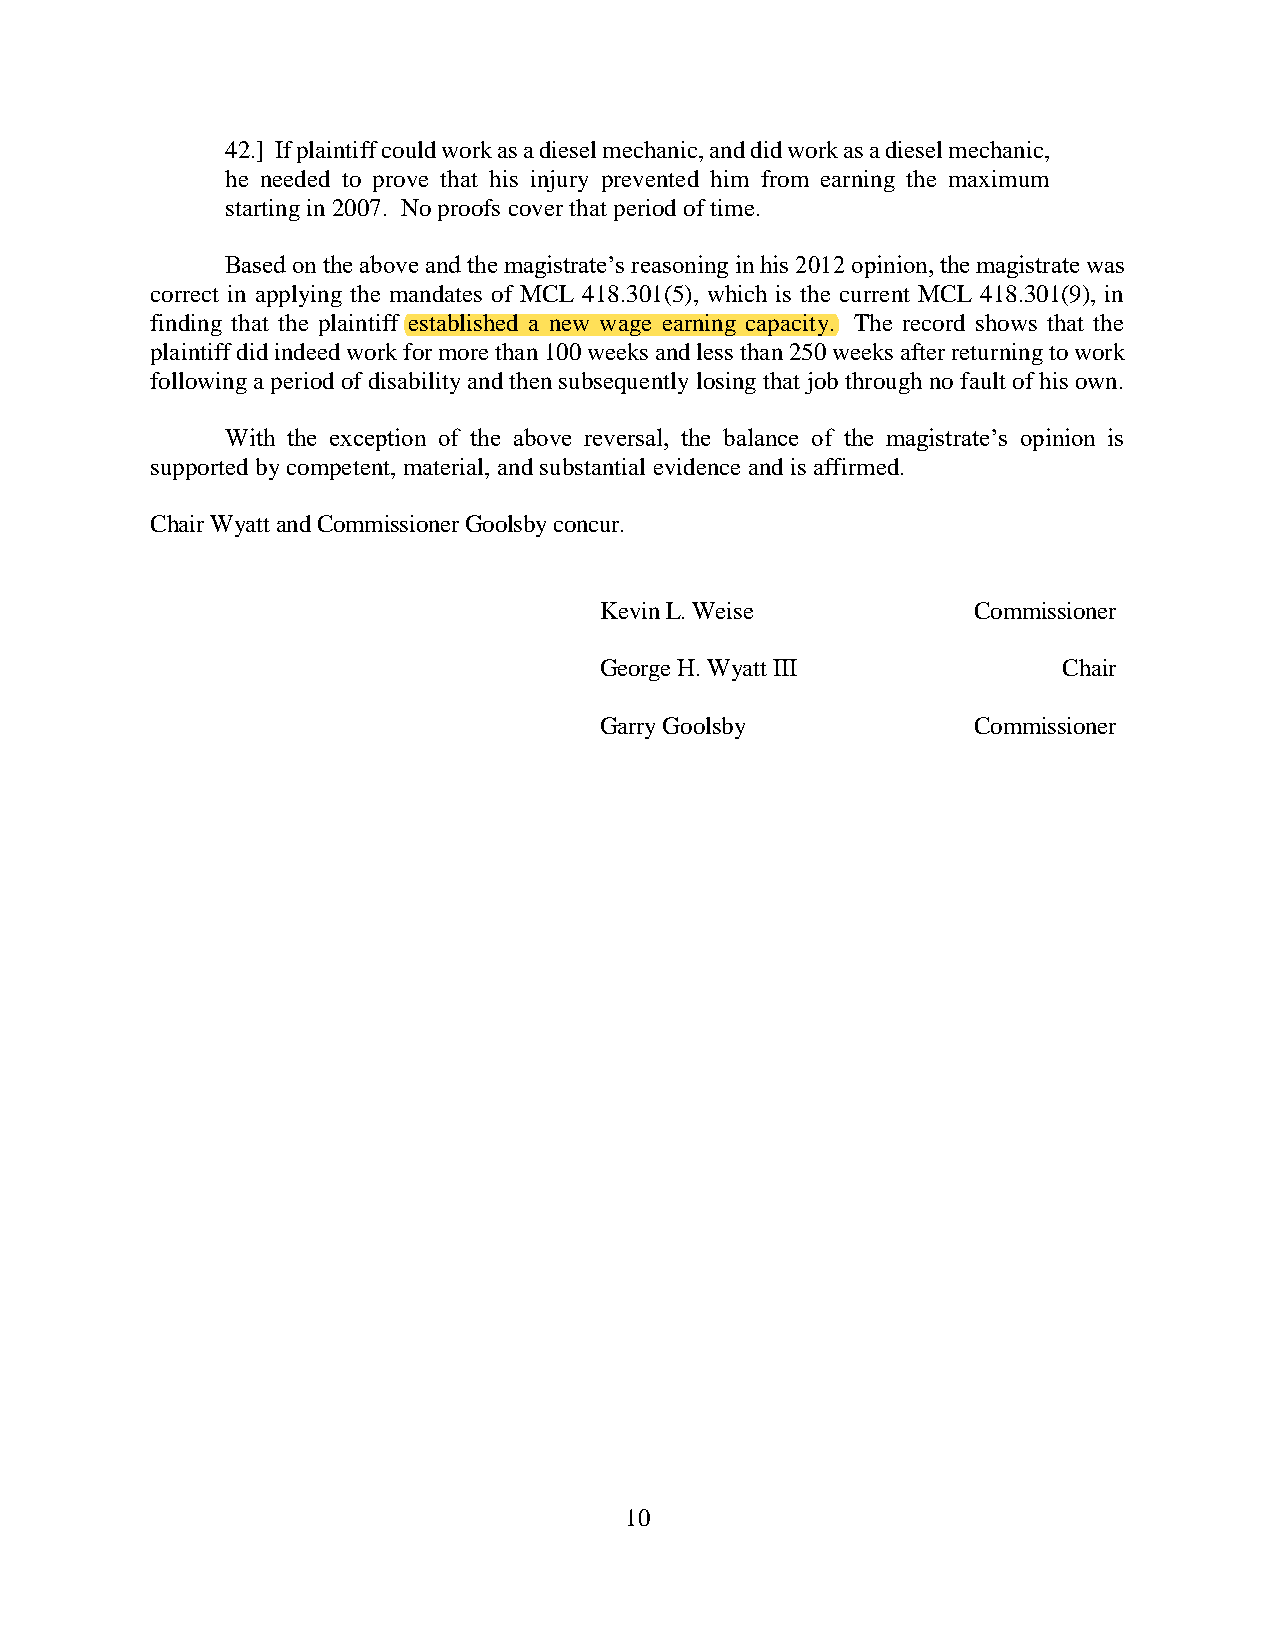
42.] If plaintiff could work as a diesel mechanic, and did work as a diesel mechanic,
 he needed to prove that his injury prevented him from earning the maximum
 starting in 2007. No proofs cover that period of time.
 Based on the above and the magistrate’s reasoning in his 2012 opinion, the magistrate was
 correct in applying the mandates of MCL 418.301(5), which is the current MCL 418.301(9), in
 finding that the plaintiff established a new wage earning capacity. The record shows that the
 plaintiff did indeed work for more than 100 weeks and less than 250 weeks after returning to work
 following a period of disability and then subsequently losing that job through no fault of his own.
 With the exception of the above reversal, the balance of the magistrate’s opinion is
 supported by competent, material, and substantial evidence and is affirmed.
 Chair Wyatt and Commissioner Goolsby concur.
 Kevin L. Weise          Commissioner
 George H. Wyatt III           Chair
 Garry Goolsby           Commissioner
 10